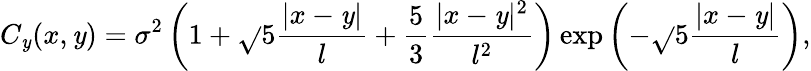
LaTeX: C_{\mathit{y}}(x,\mathit{y})=\sigma^{2}\left(1+\sqrt{}{{5}}\frac{{|x-\mathit{y}|}}{{l}}+\frac{{5}}{{3}}\frac{{|x-\mathit{y}|^{2}}}{{l^{2}}}\right)\exp\left(-\sqrt{}{{5}}\frac{{|x-\mathit{y}|}}{{l}}\right),